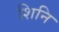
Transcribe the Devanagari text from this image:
शिनि